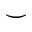
\smile